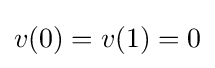
v(0)=v(1)=0